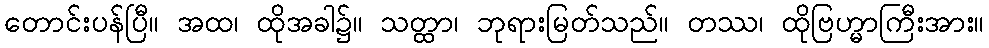
တောင်းပန်ပြီ။ အထ၊ ထိုအခါ၌။ သတ္ထာ၊ ဘုရားမြတ်သည်။ တဿ၊ ထိုဗြဟ္မာကြီးအား။